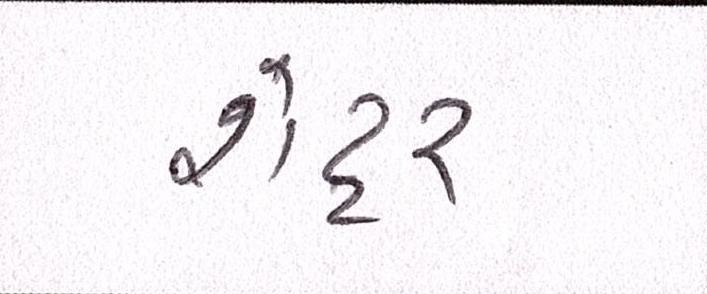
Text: શેટ્ટર